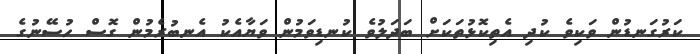
ކަރުގަނޑުން ވަކިވެ ކުދި އެތިކޮޅުތަކަށް ބަދަލުވެ ކުނޑިވަމުން ވަޔާއެކު އެނބުރެމުން ގޮސް ހުސޭނުގެ